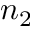
n _ { 2 }